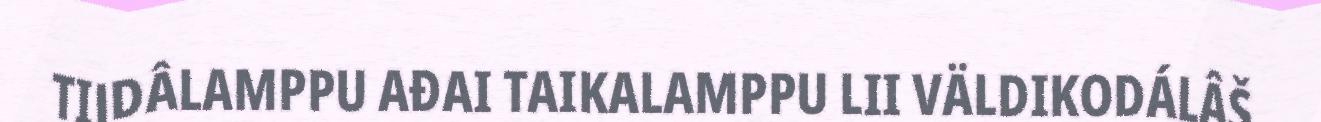
TIJDÂLAMPPU AĐAI TAIKALAMPPU LII VÄLDIKODÁLÂŠ